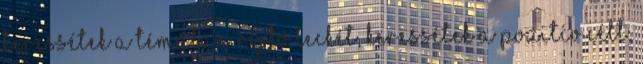
Keressétek a témában rejlő leckét, keressétek a pozitív célt,